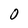
Character: O